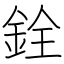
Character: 銓